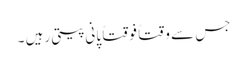
جس سے وقتاً فوقتاً پانی پیتی رہیں ۔